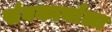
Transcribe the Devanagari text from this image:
संघकार्याला